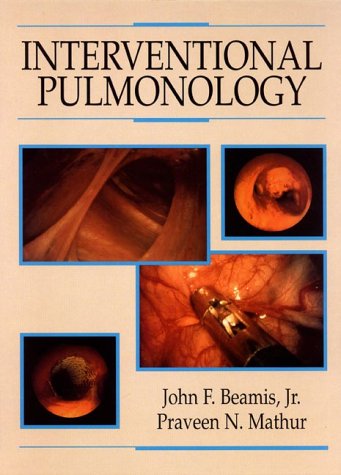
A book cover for Interventional Pulmonology; Medical Books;